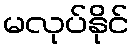
မလုပ်နိုင်